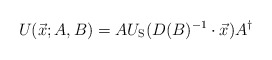
\begin{align*}U(\vec x;A,B) = A U_{\mathrm{S}}(D(B)^{-1}\cdot\vec x) A^\dagger\end{align*}